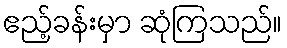
ဧည့်ခန်းမှာ ဆုံကြသည်။